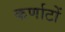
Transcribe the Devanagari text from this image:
कर्णाटों